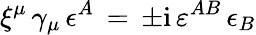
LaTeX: \xi^{\mu}\, \gamma_{\mu}\, \epsilon^{A}\, =\, \pm\mathrm{i}\, \varepsilon^{AB}\, \epsilon_{B}